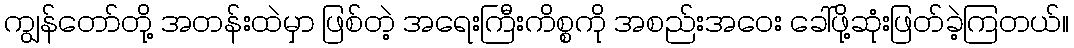
ကျွန်တော်တို့ အတန်းထဲမှာ ဖြစ်တဲ့ အရေးကြီးကိစ္စကို အစည်းအဝေး ခေါ်ဖို့ဆုံးဖြတ်ခဲ့ကြတယ်။